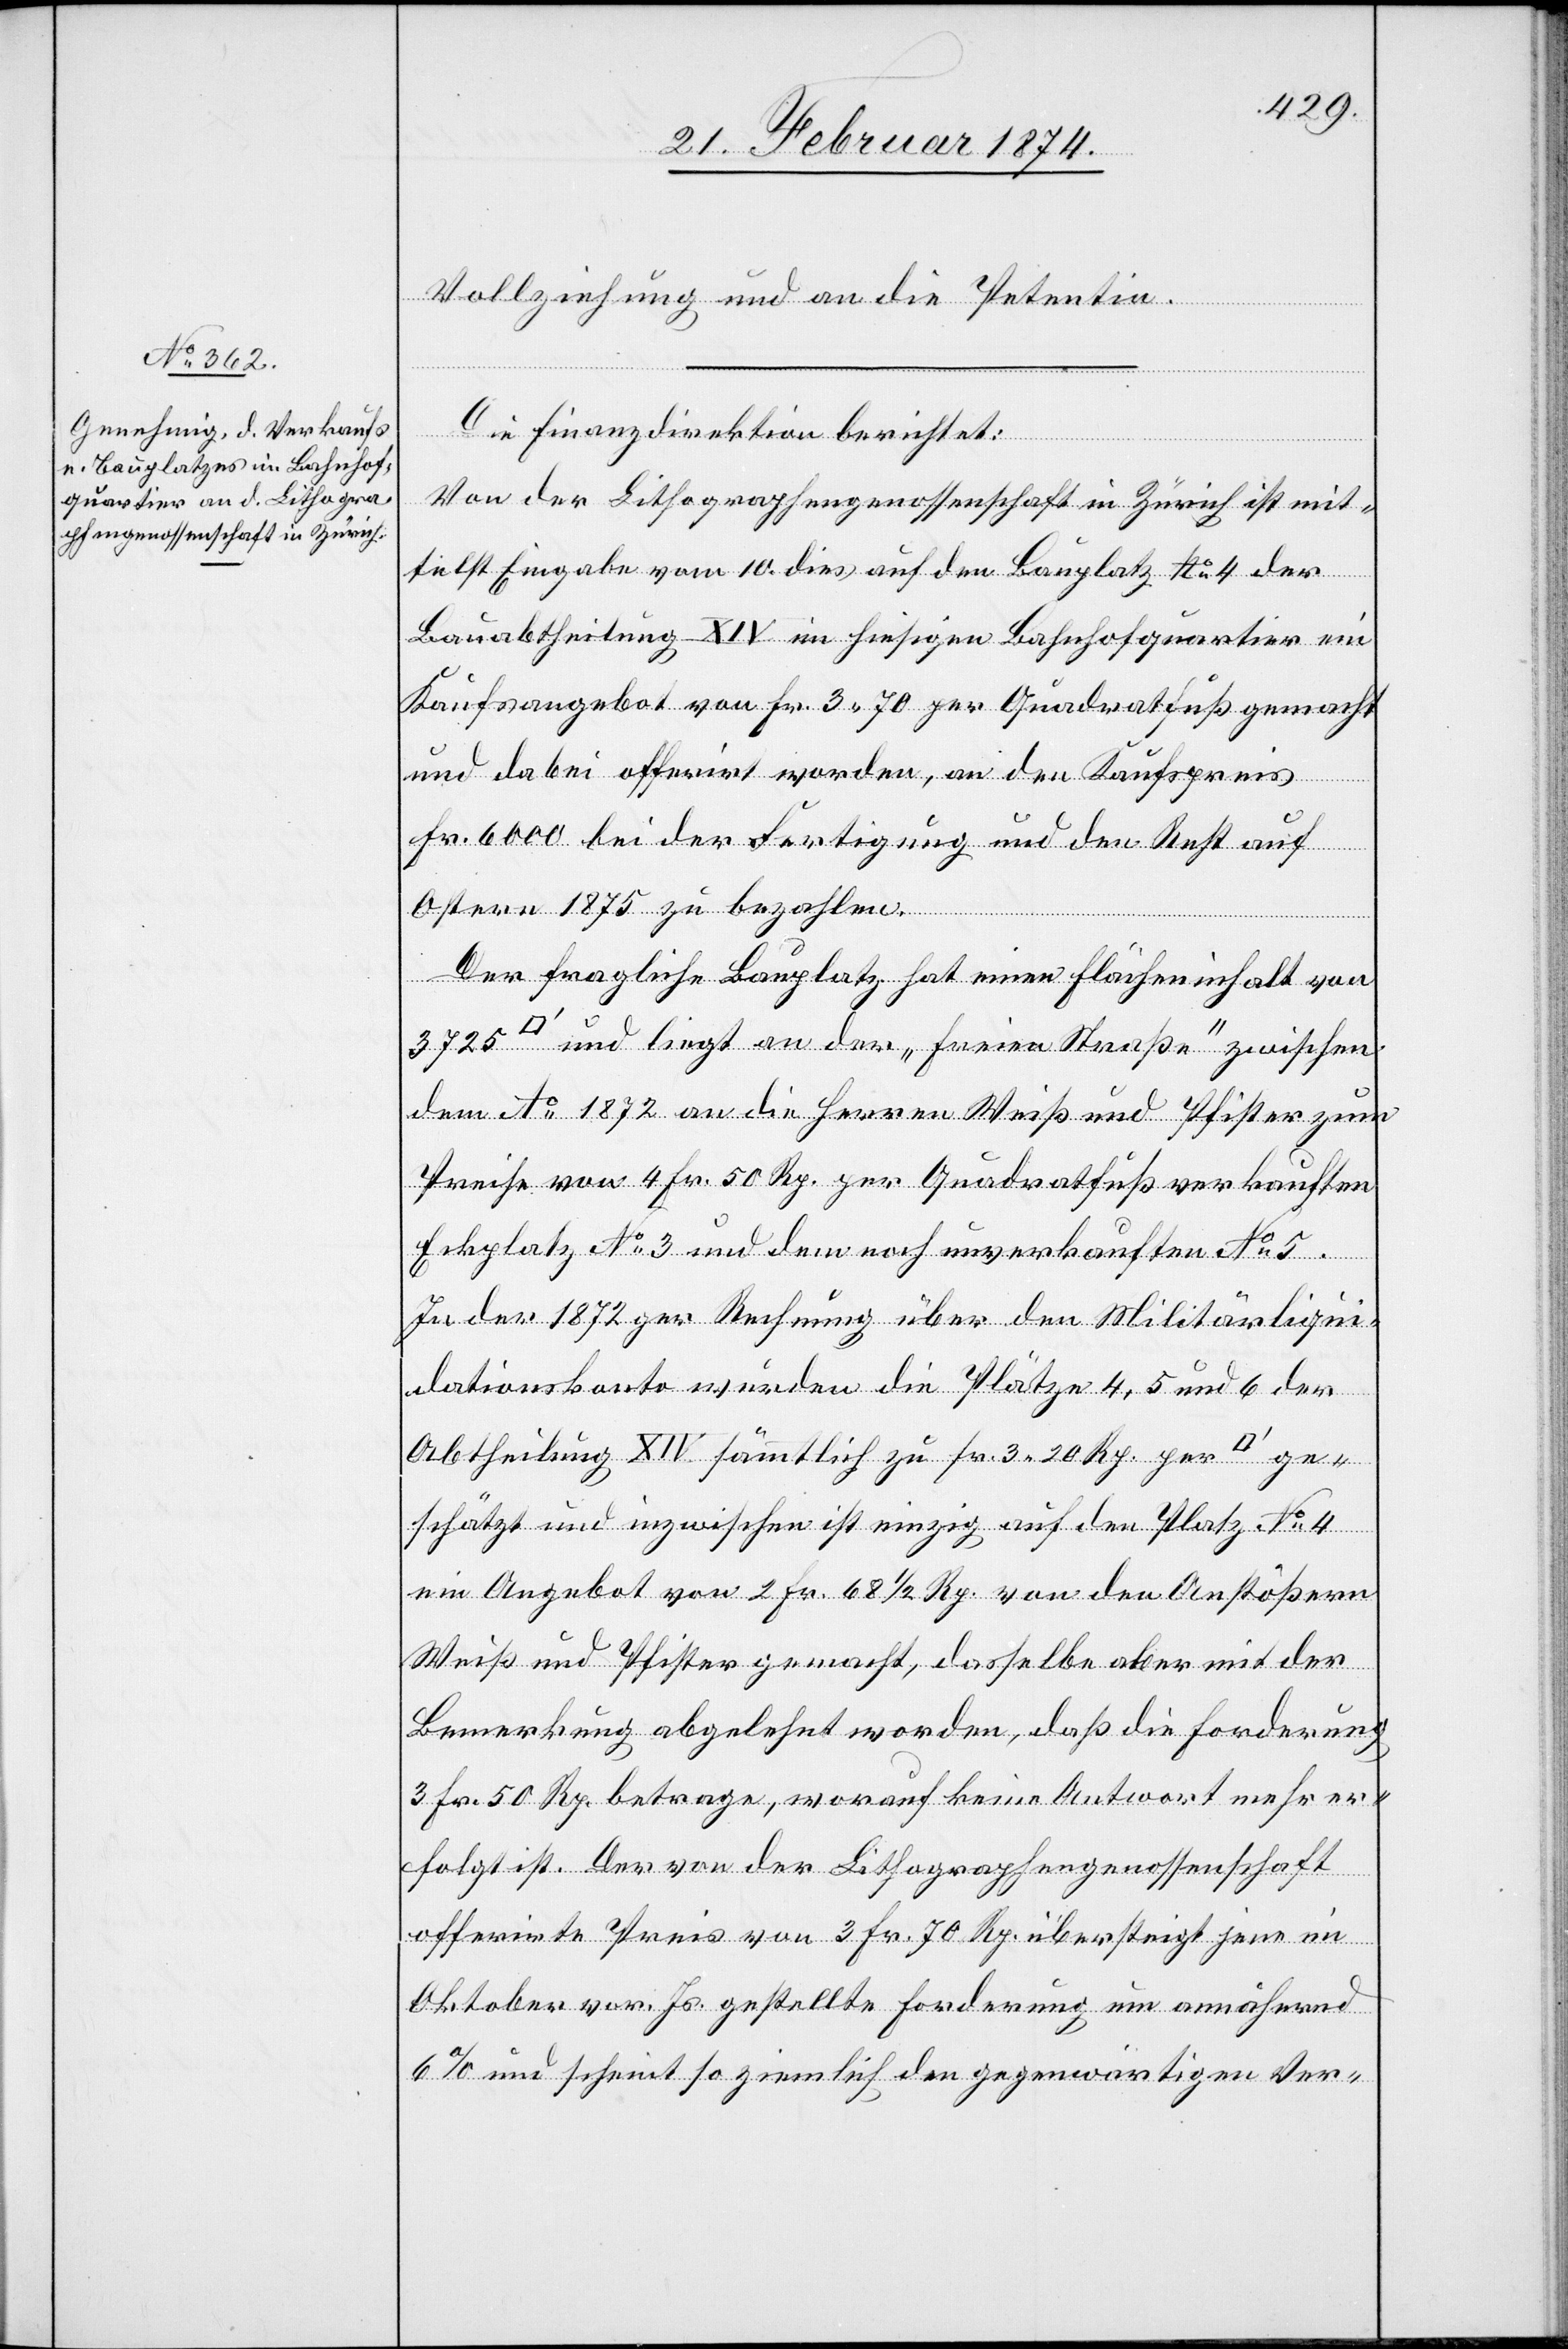
Vollziehung an die Petentin.
Die Finanzdirektion berichtet:
Von der Lithographengenossenschaft in Zürich ist mit¬
telst Eingabe vom 10. dies auf den Bauplatz No 4 der
Bauabtheilung XIV im hiesigen Bahnhofquartier ein
Kaufsangebot von Fr. 3.70 per Quadratfuß gemacht
und dabei offerirt worden, an den Kaufspreis
Fr. 6000 bei der Fertigung und den Rest auf
Ostern 1875 zu bezahlen.
Der fragliche Bauplatz hat einen Flächeninhalt von
und biegt an der „Freien Straße“ zwischen
dem No 1872 an die Herren Weiß und Pfister zum
Preise von 4 Fr. 50 Rp. per Quadratfuß verkauften
Eckplatz No 3 und dem noch unverkauften No 5.
In der 1872 per Rechnung über den [sic!] Militärliqui¬
dationskonto wurden die Plätze 4, 5 und 6 der
Abtheilung XIV sämmtlich zu Fr. 3.20 Rp. per
geschätzt und inzwischen ist einzig auf den Platz No 4
ein Angebot von 2 Fr. 1/2 Rp. von den Anstößern
Weiß und Pfister gemacht, dasselbe aber mit der
Bemerkung abgelehnt worden, daß die Forderung
3 Fr. 50 Rp. betrage, worauf keine Antwort mehr er¬
folgt ist. Der von der Lithographengenossenschaft
offerirte Preis von 3 Fr. 70 Rp. übersteigt jene im
Oktober vor. Js. gestellte Forderung um annähernd
6% und scheint so ziemlich den gegenwärtigen Ver-